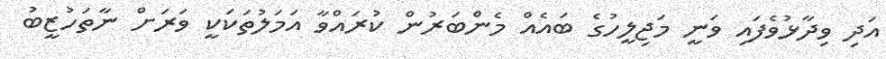
އަދި ވިދާޅުވެފައި ވަނީ މަޖިލީހުގެ ބައެއް މެންބަރުން ކުރައްވާ އަމަލުތަކަކީ ވަރަށް ނާތަހުޒީބު